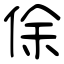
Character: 俆